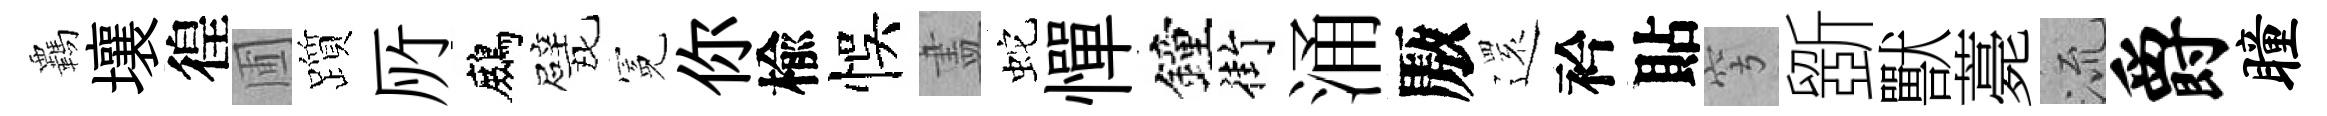
覊壤徨圃躓𠩄鷓戏冕你楡悞𥁞蛇憚鐘街涌厫𮟃衿貼穹斵獸薧𣴑爵瞳